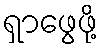
ရှာဖွေဖို့